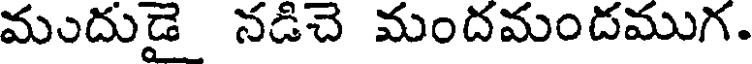
ముదుడై నడిచె మందమందముగ.